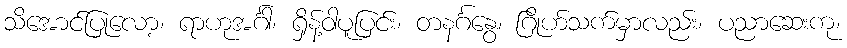
သိအောင်ပြုလော့၊ ရာဟုအင်္ဂါ၊ ရှိန့်ဝါပူပြင်း၊ တနင်္ဂနွေ၊ ဂြိုဟ်သက်မှာလည်း၊ ပညာဆေးကု၊